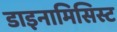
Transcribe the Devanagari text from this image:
डाइनामिसिस्ट